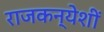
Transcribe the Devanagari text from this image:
राजकन्येशीं